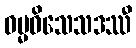
ဓမ္မဝိသေသဒဿီ